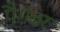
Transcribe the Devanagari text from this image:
पैग़ंबर